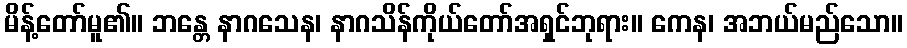
မိန့်တော်မူ၏။ ဘန္တေ နာဂသေန၊ နာဂသိန်ကိုယ်တော်အရှင်ဘုရား။ ကေန၊ အဘယ်မည်သော။